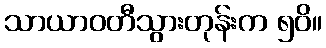
သာယာဝတီသွားတုန်းက ၅၀ိ။